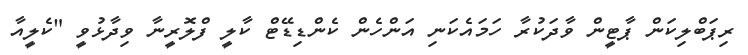
ރިޕަބްލިކަން ޕާޓީން ވާދަކުރާ ހަމައެކަނި އަންހެން ކެންޑިޑޭޓް ކާލީ ފްލޮރީނާ ވިދާޅުވީ "ކެލީއާ